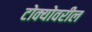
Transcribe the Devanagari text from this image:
टोक्योवरील